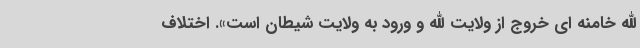
الله خامنه ای خروج از ولایت الله و ورود به ولایت شیطان است». اختلاف